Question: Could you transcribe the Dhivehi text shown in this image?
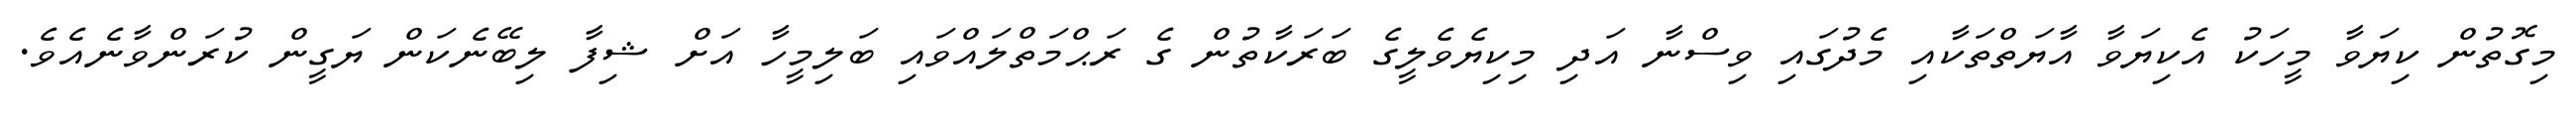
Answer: މިގޮތުން ކިޔަވާ މީހަކު އެކިޔަވާ އާޔަތްތަކާއި މެދުގައި ވިސްނާ އަދި މިކިޔެވެލީގެ ބަރަކާތުން ގެ ރަޙްމަތްލައްވައި ބަލިމީހާ އަށް ޝިފާ ލިބޭނެކަން ޔަގީން ކުރަންވާނެއެވެ.